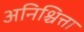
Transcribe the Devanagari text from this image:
अनिश्चित्ता